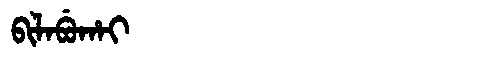
Manchu: ᠪᡳᠯᠠᠪᡠᡥᠠᡳ
Romanization: BILABUHAI